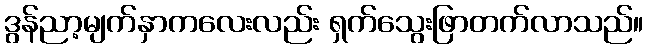
ဒွန်ညာ့မျက်နှာကလေးလည်း ရှက်သွေးဖြာတက်လာသည်။